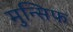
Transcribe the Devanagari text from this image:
मुन्सिफ